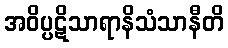
အဝိပ္ပဋိသာရာနိသံသာနီတိ